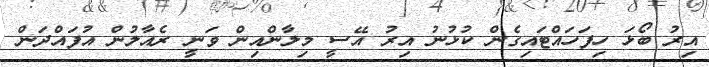
އިރު ބޯޅަ ހިފަހައްޓައިގެން ކުޅުނު އިރު އޭސީ މިލާންއިން ވަނީ ރެއާލުން އުފައްދަން